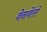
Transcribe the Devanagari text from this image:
वेनवेंतो